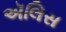
ઍલિસ